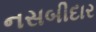
નસબીદાર